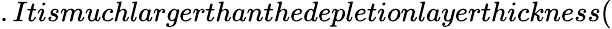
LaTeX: .Itismuchlargerthanthedepletionlayerthickness(